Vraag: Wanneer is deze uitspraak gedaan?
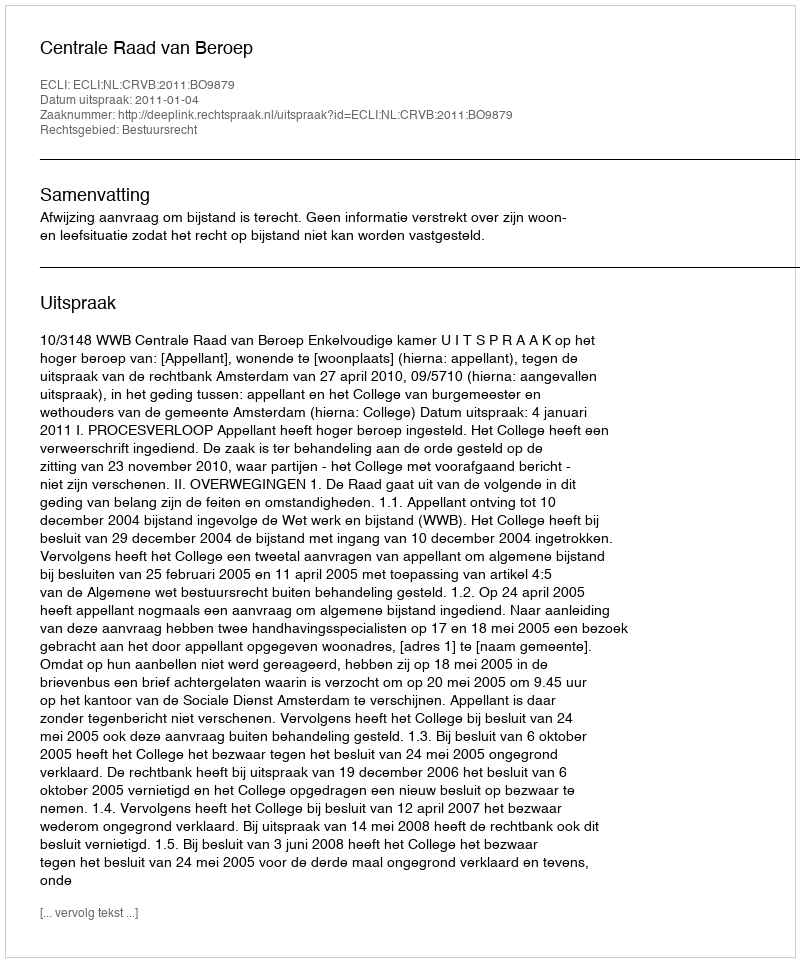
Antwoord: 2011-01-04